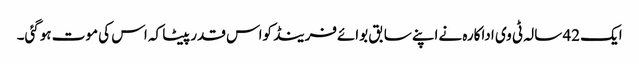
ایک 42 سالہ ٹی وی اداکارہ نےاپنے سابق بوائےفرینڈ کواس قدرپیٹا کہ اس کی موت ہوگئی۔